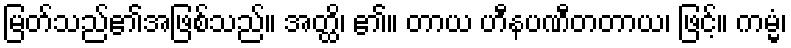
မြတ်သည်၏အဖြစ်သည်။ အတ္ထိ၊ ၏။ တာယ ဟီနပဏီတတာယ၊ ဖြင့်။ ကမ္မံ၊